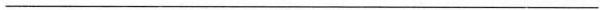
___